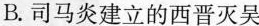
B.司马炎建立的西晋灭吴